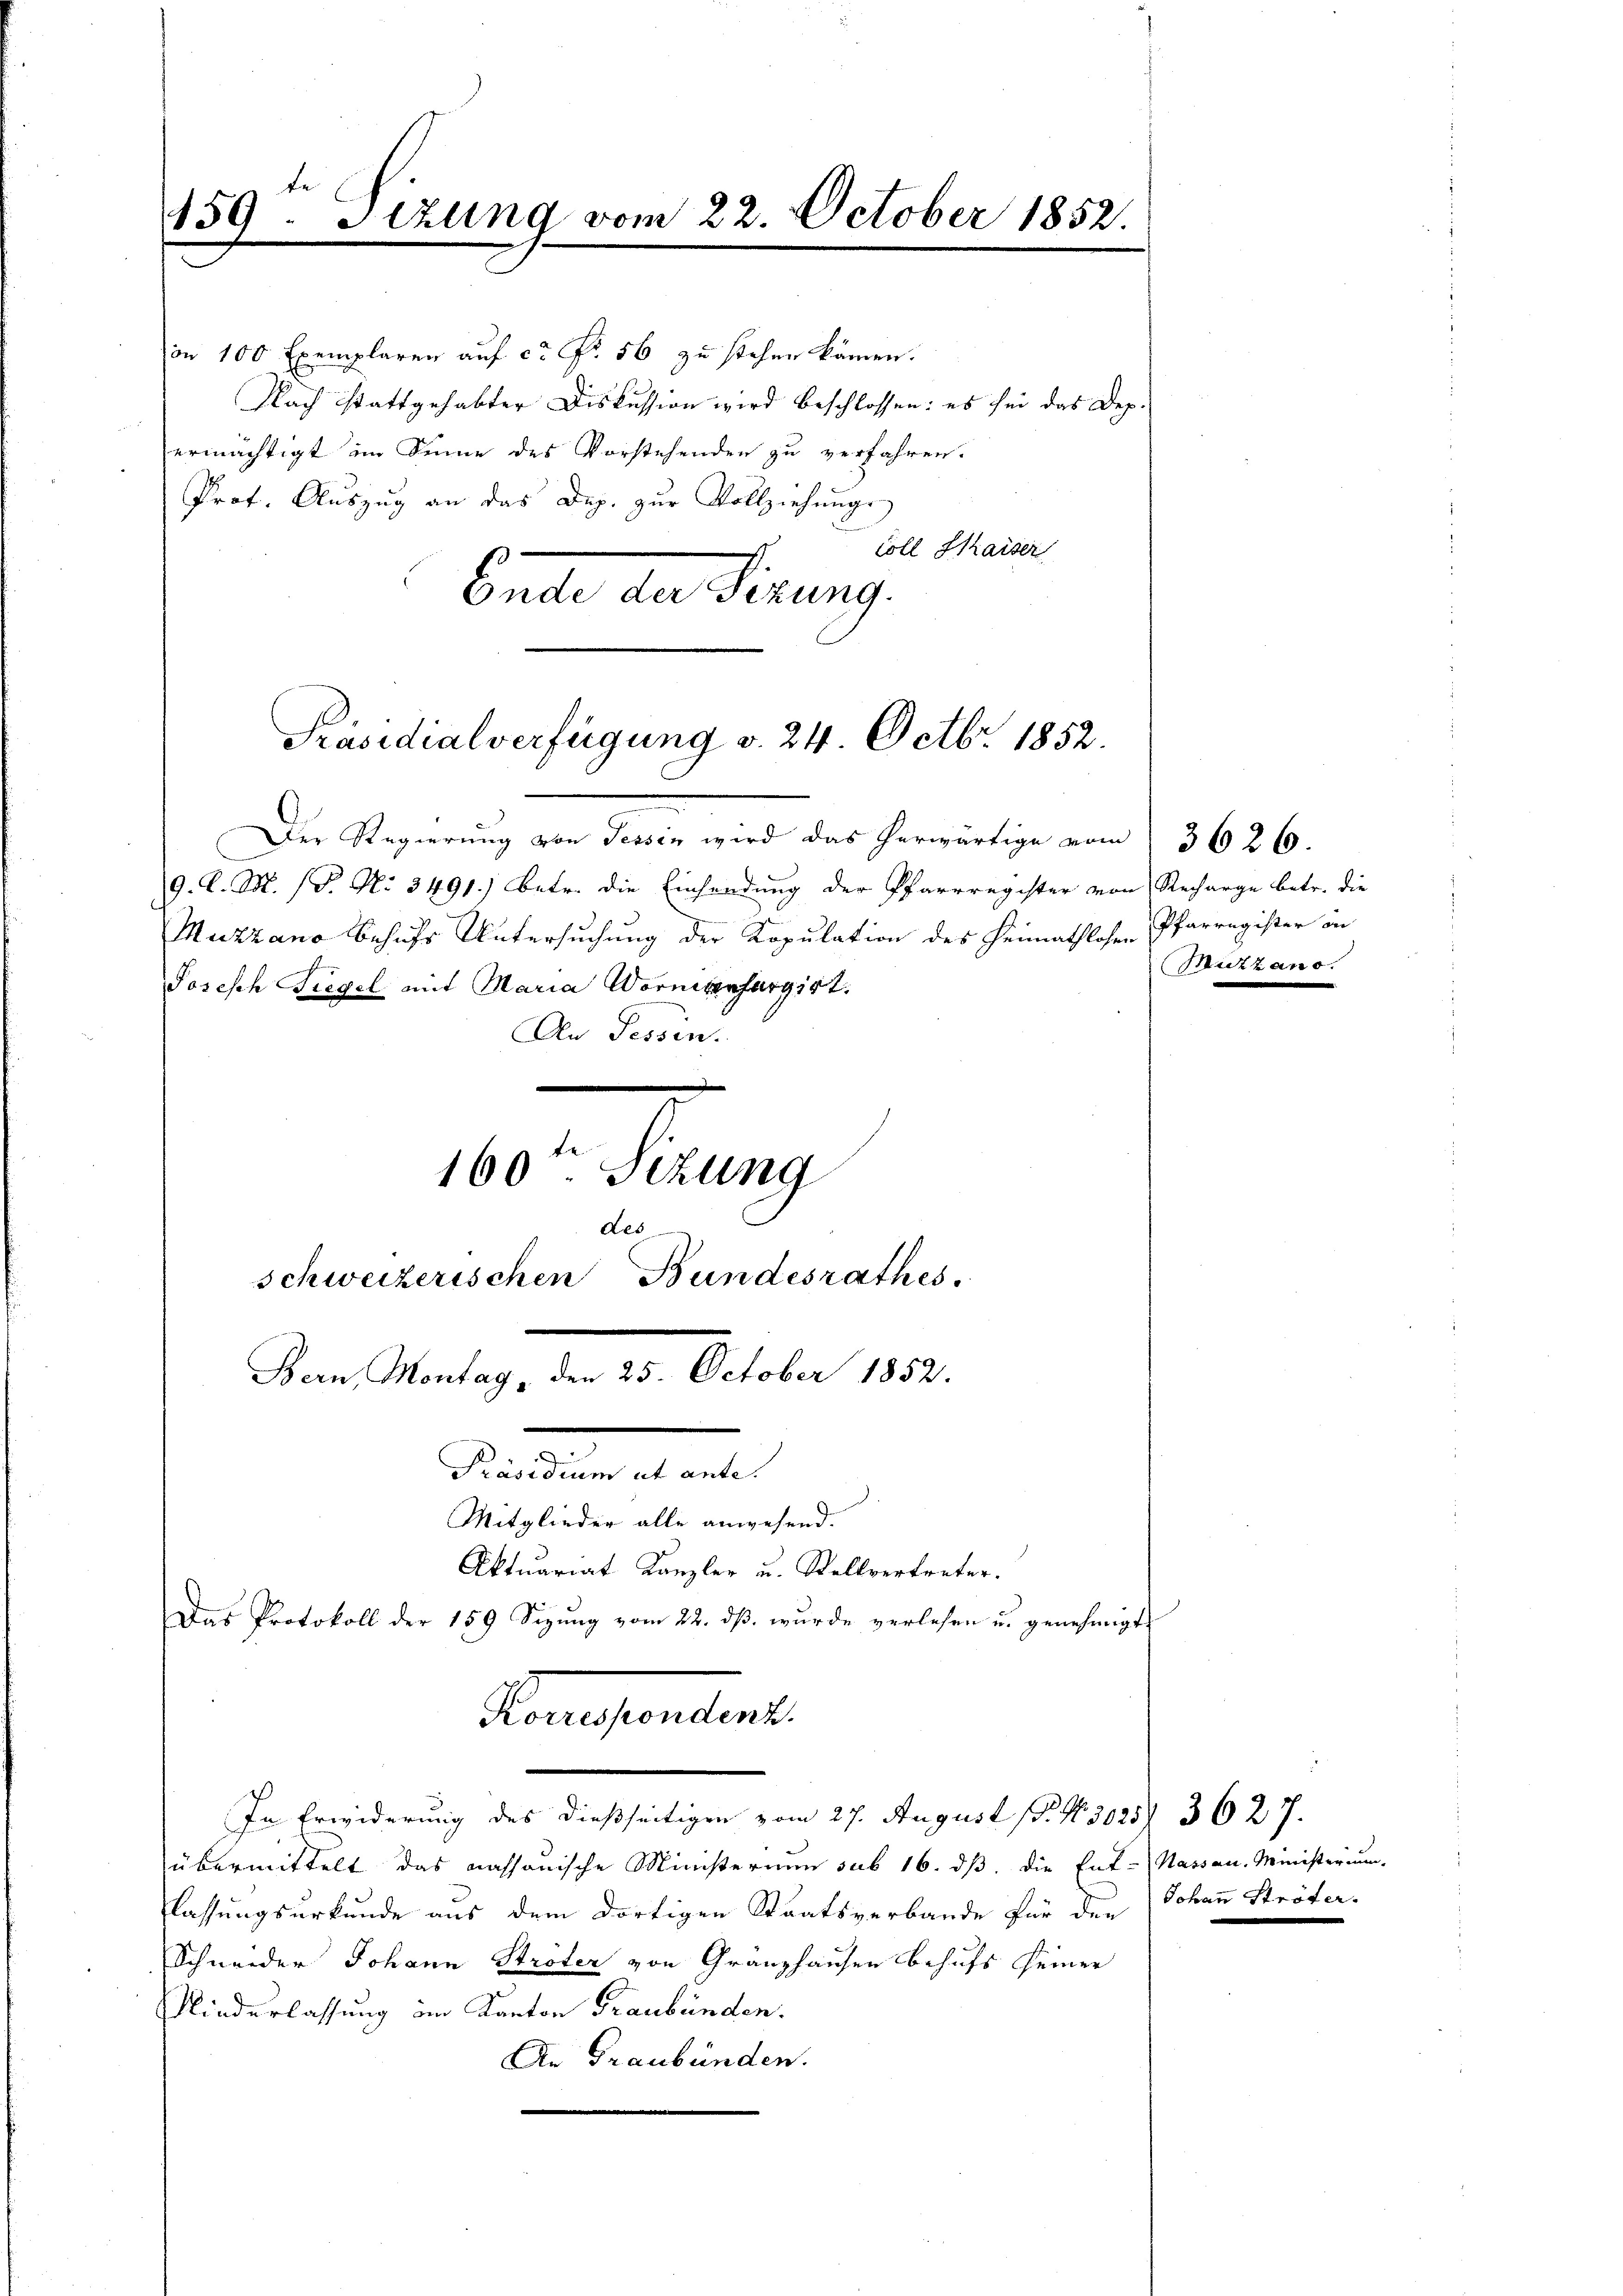
159. Sizung vom 22. October 1852.

on 100 Exemplaren auf ca Fr. 56 zu stehen kämen.
Nach stattgehabter Diskussion wird beschlossen: es sei das Dep
ermächtigt im Sinne des Vorstehenden zu verfahren.
Prof. Auszug an das Dep. zur Vollziehungs
coll Kaiser
Encte an Firung

Der Regierung von Tessin wird das herwärtige vom 3626.
9. l. M. (S. No. 3491) betr. die Einsendung der Pfarrregister von Recharge betr. die
Muzzano behufs Untersuchung der Kopulation des Heimathlosen Pfarregister in
Josisch regel mit Maria Wormenfargirt.
An Tessin.
te
160 Sizung
des
schweizerischen Bundesrathes
Bern, Montag, den 25. October 1852.
Sommen stete
Mitglieder alle anwesend.
Aktuariat Kanzler u. Stellvertreter.
Das Protokoll der 159 Sizung vom 22. dß wurde verlesen u. genehmigt

Präsidialverfügung v. 24. Octbr. 1852.

übermittelt das nassauische Ministerium sub 16. dß. die Ent-Nassau. Ministerium,
flassungsurkunde aus dem dortigen Staatsverbande für den Johann Ströter-
Schneider Johann Ströter von Gränzhausen behufs seiner
Niederlassung im Kanton Graubünden.
An Graubünden.

Konsentant.
In Erwiderung des dießseitigen vom 27. August 1. No. 3025/ 3627.

Mutzano.